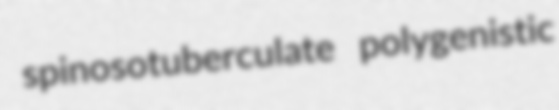
spinosotuberculate polygenistic